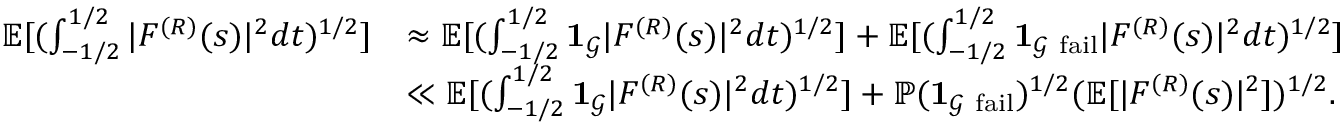
\begin{array} { r l } { \mathbb E [ ( \int _ { - 1 / 2 } ^ { 1 / 2 } | F ^ { ( R ) } ( s ) | ^ { 2 } d t ) ^ { 1 / 2 } ] } & { \approx \mathbb E [ ( \int _ { - 1 / 2 } ^ { 1 / 2 } \mathbf { 1 } _ { \mathcal { G } } | F ^ { ( R ) } ( s ) | ^ { 2 } d t ) ^ { 1 / 2 } ] + \mathbb E [ ( \int _ { - 1 / 2 } ^ { 1 / 2 } \mathbf { 1 } _ { \mathcal { G } ~ \mathrm { f a i l } } | F ^ { ( R ) } ( s ) | ^ { 2 } d t ) ^ { 1 / 2 } ] } \\ & { \ll \mathbb E [ ( \int _ { - 1 / 2 } ^ { 1 / 2 } \mathbf { 1 } _ { \mathcal { G } } | F ^ { ( R ) } ( s ) | ^ { 2 } d t ) ^ { 1 / 2 } ] + \mathbb P ( \mathbf { 1 } _ { \mathcal { G } ~ \mathrm { f a i l } } ) ^ { 1 / 2 } ( \mathbb E [ | F ^ { ( R ) } ( s ) | ^ { 2 } ] ) ^ { 1 / 2 } . } \end{array}